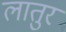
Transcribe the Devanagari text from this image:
लातुर